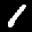
Label: 1